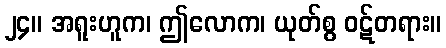
၂၄။ အရူးဟူက၊ ဤလောက၊ ယုတ်စွ ဝဋ်တရား။